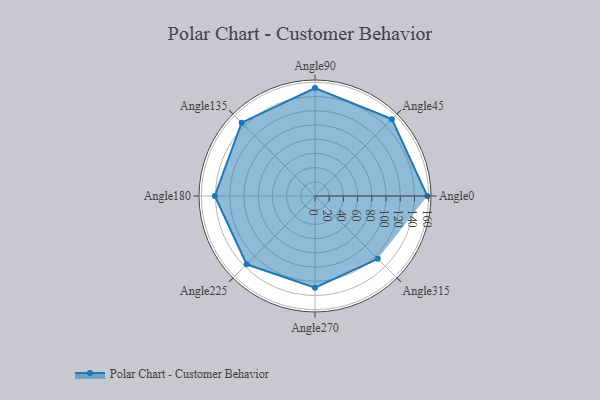
{"axis": {"x": "Angle", "y": "Radius"}, "legend": [""], "data": [{"x": "Angle0", "y": 158.0, "type": ""}, {"x": "Angle45", "y": 153.0, "type": ""}, {"x": "Angle90", "y": 152.0, "type": ""}, {"x": "Angle135", "y": 146.0, "type": ""}, {"x": "Angle180", "y": 141.0, "type": ""}, {"x": "Angle225", "y": 136.0, "type": ""}, {"x": "Angle270", "y": 129.0, "type": ""}, {"x": "Angle315", "y": 125.0, "type": ""}]}